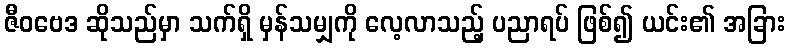
ဇီဝဗေဒ ဆိုသည်မှာ သက်ရှိ မှန်သမျှကို လေ့လာသည့် ပညာရပ် ဖြစ်၍ ယင်း၏ အခြား